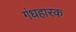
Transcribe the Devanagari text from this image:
गंधहारक